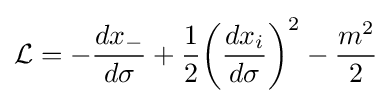
{\mathcal {L}}=-{\frac {dx_{-}}{d\sigma }}+{\frac {1}{2}}{\bigg (}{\frac {dx_{i}}{d\sigma }}{\bigg )}^{2}-{\frac {m^{2}}{2}}